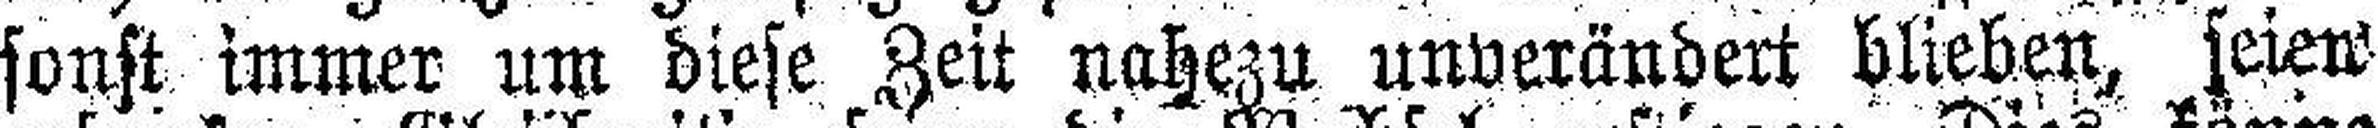
sonst immer um diese Zeit nahezu unverändert blieben, seien